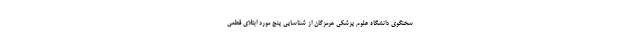
سخنگوی دانشگاه علوم پزشکی هرمزگان از شناسایی پنج مورد ابتلای قطعی